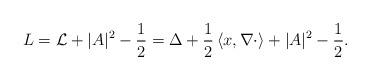
LaTeX: \begin{align*} L=\mathcal{L}+|A|^2-\frac12=\Delta+\frac12\left<x, \nabla\cdot\right>+|A|^2-\frac12.\end{align*}